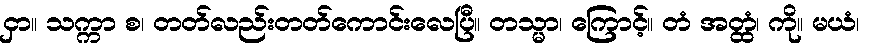
ငှာ။ သက္ကာ စ၊ တတ်လည်းတတ်ကောင်းလေပြီ။ တသ္မာ၊ ကြောင့်။ တံ အတ္ထံ၊ ကို။ မယံ၊